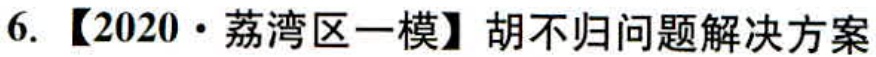
6. 【2020·荔湾区一模】胡不归问题解决方案